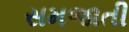
સમજાતી